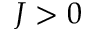
J > 0